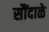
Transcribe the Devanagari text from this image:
सौंदाळे